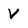
Character: V